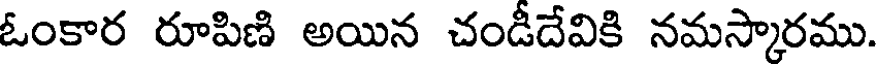
ఓంకార రూపిణి అయిన చండీదేవికి నమస్కారము.